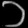
Digit: ၁